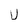
Character: U